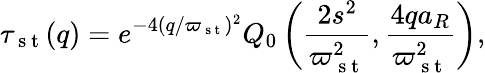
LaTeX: \tau_{\mathrm{~s~t~}}(q)=e^{-4(q/\varpi_{\mathrm{~s~t~}})^{2}}Q_{0}\left(\frac{2s^{2}}{\varpi_{\mathrm{~s~t~}}^{2}},\frac{4qa_{R}}{\varpi_{\mathrm{~s~t~}}^{2}}\right),